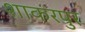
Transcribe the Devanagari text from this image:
शाकरपुर